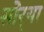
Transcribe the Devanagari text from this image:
सोर्‍या